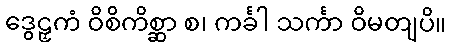
ဒွေဠှကံ ဝိစိကိစ္ဆာ စ၊ ကင်္ခါ သင်္ကာ ဝိမတျပိ။